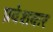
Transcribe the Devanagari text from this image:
प्रवेशकर